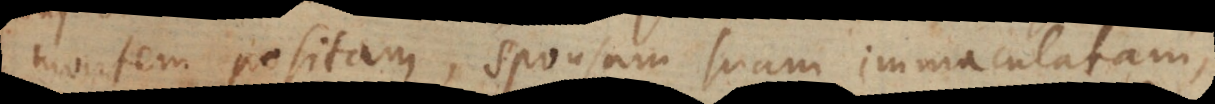
montem positam, sponsam suam immaculatam,